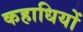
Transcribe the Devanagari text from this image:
कहाधियों